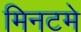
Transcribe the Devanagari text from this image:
मिनटमे